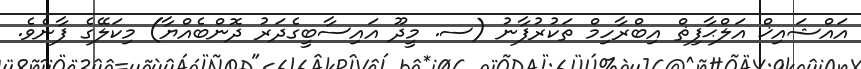
އައްޝައިޚް އަލްޙާފިޡް އިބްރާހިމް ތަކުރުފާނު (ސ. މީދޫ އައިސާބީގެދަރު ދޮންބެއްޔާ) މިކަލޭގެ ފާނެވެ.